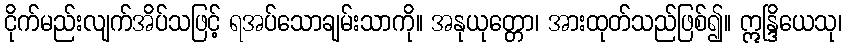
ငိုက်မည်းလျက်အိပ်သဖြင့် ရအပ်သောချမ်းသာကို။ အနုယုတ္တော၊ အားထုတ်သည်ဖြစ်၍။ ဣန္ဒြိယေသု၊